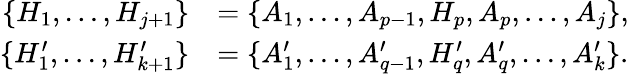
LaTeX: \begin{array}{rl}{\{ H_{1},\ldots,H_{j+1}\} }&{=\{ A_{1},\ldots,A_{p-1},H_{p},A_{p},\ldots,A_{j}\} ,}\\ {\{ H_{1}^{\prime},\ldots,H_{k+1}^{\prime}\} }&{=\{ A_{1}^{\prime},\ldots,A_{q-1}^{\prime},H_{q}^{\prime},A_{q}^{\prime},\ldots,A_{k}^{\prime}\} .}\end{array}